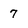
Character: 7